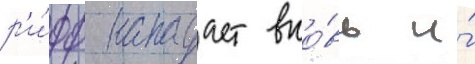
р'и́фф нападает вно́вь и́